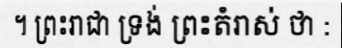
។ ព្រះរាជា ទ្រង់ ព្រះតំរាស់ ថា :